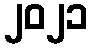
၂၀၂၁